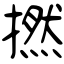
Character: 撚